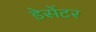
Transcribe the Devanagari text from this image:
डेसेंटर